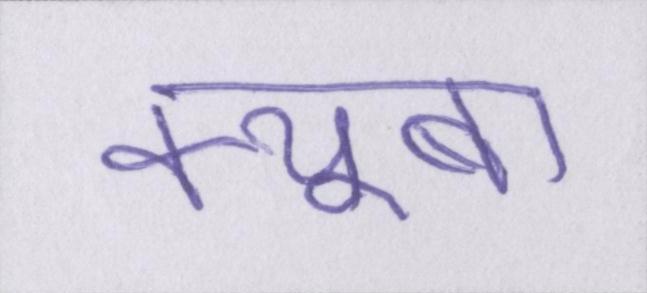
क्यूबा